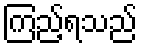
ကြည့်ရသည်